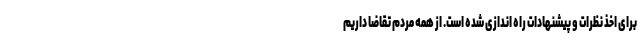
برای اخذ نظرات و پیشنهادات راه اندازی شده است. از همه مردم تقاضا داریم